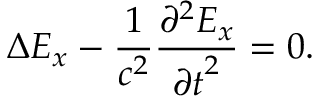
\Delta E _ { x } - \frac { 1 } { c ^ { 2 } } \frac { { \partial } ^ { 2 } E _ { x } } { { \partial t } ^ { 2 } } = 0 .